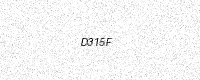
Text: D315F